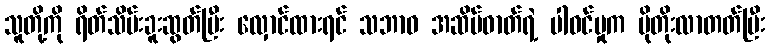
သူတို့ကို ရိတ်သိမ်းခူးဆွတ်ပြီး လှောင်ထားရင် သဘာဝ အဆိပ်ဓာတ်ရဲ့ ပါဝင်မှုက ပိုတိုးလာတတ်ပြီး